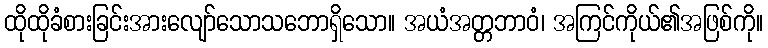
ထိုထိုခံစားခြင်းအားလျော်သောသဘောရှိသော။ အယံအတ္တဘာဝံ၊ အကြင်ကိုယ်၏အဖြစ်ကို။